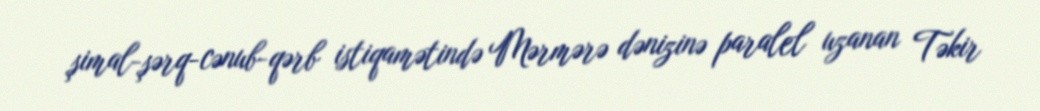
şimal-şərq-cənub-qərb istiqamətində Mərmərə dənizinə paralel uzanan Təkir